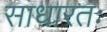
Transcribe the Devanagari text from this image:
साधारतः